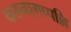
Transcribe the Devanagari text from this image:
करुनागप्पल्लि